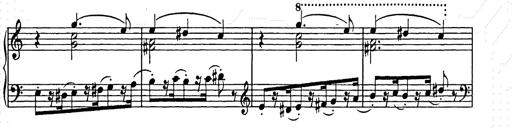
Title: Weihnachtsbaum
Composer: Franz Liszt